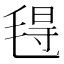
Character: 𰚟